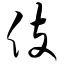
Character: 伎